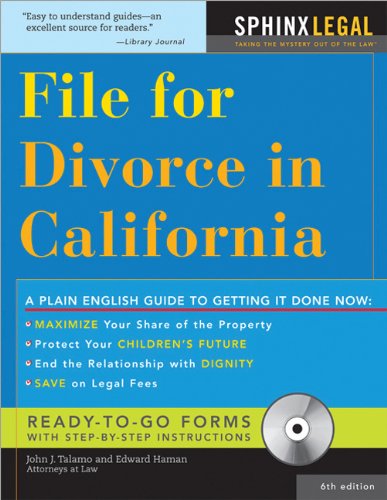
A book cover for How to File for Divorce in California, 6E (Legal Survival Guides); Edward Haman; Law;